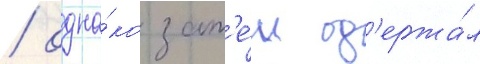
/ одна́ко зат'е́м од'ержа́л